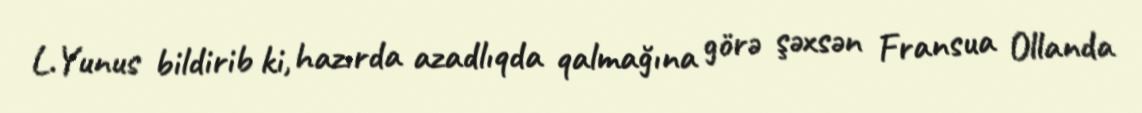
L.Yunus bildirib ki, hazırda azadlıqda qalmağına görə şəxsən Fransua Ollanda